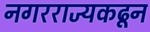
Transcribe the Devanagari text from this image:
नगरराज्यकढून